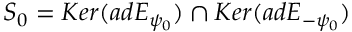
S _ { 0 } = K e r ( a d E _ { \psi _ { 0 } } ) \cap K e r ( a d E _ { - \psi _ { 0 } } )